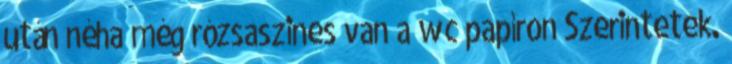
után néha még rózsaszines van a wc papíron Szerintetek.